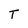
Character: T